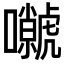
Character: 𡄼